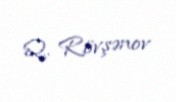
Q. Rövşənov